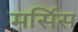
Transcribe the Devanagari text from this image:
मर्सिस